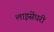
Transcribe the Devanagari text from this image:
लाइसेंधरी